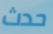
حدث